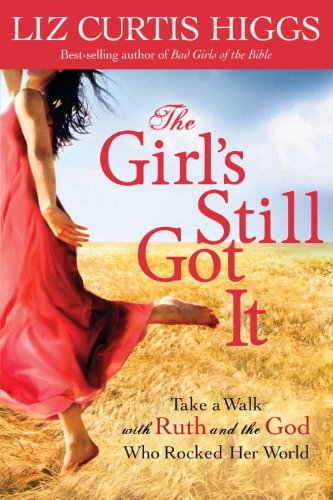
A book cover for The Girl's Still Got It: Take a Walk with Ruth and the God Who Rocked Her World; Liz Curtis Higgs; Christian Books & Bibles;